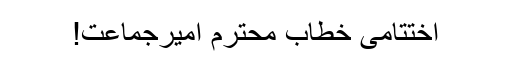
اختتامی خطاب محترم امیرجماعت!